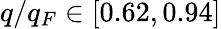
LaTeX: q/q_{F}\in[0.62,0.94]